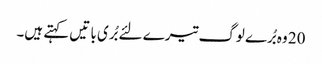
20 وہ بُرے لوگ تیرے لئے بُری با تیں کہتے ہیں۔